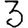
Digit: 3